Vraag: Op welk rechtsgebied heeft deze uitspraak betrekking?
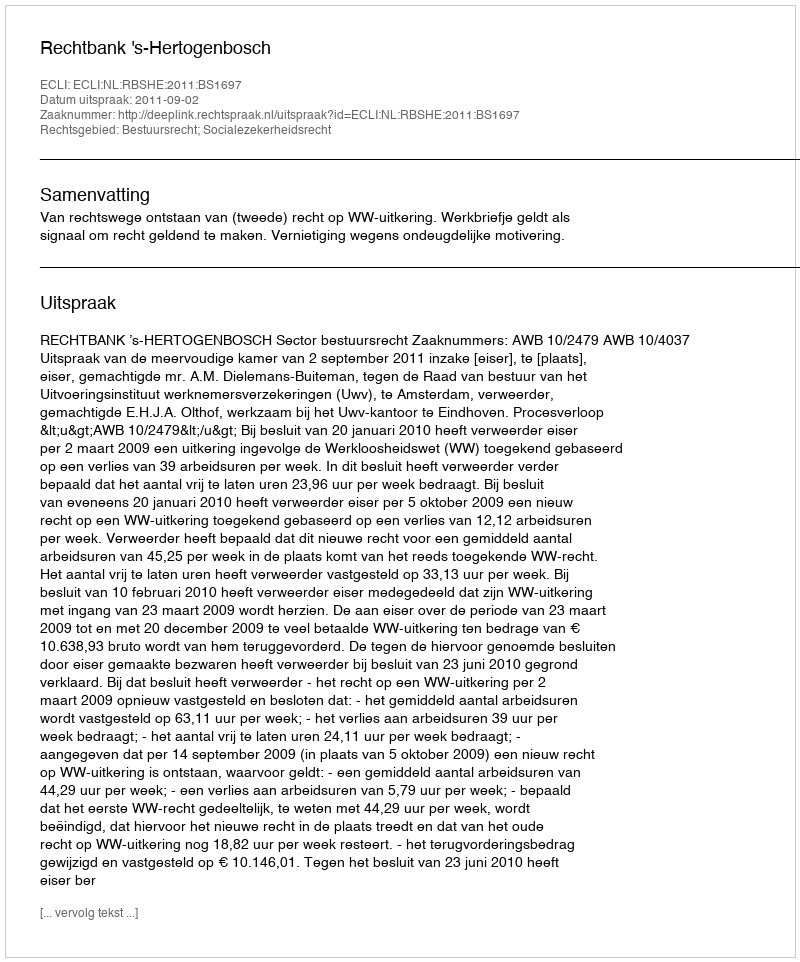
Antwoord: Bestuursrecht; Socialezekerheidsrecht